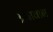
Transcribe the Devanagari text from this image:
श्रधावान